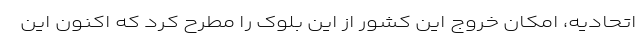
اتحادیه، امکان خروج این کشور از این بلوک را مطرح کرد که اکنون این